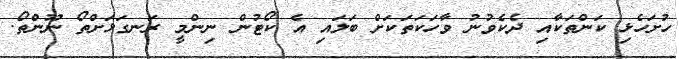
ހުށަހެޅި ކަންތަކާއި ދެކެވުނު ވާހަކަތަކަށް ބަލައި އެ ކޯޓުން ނިންމީ ރަނގަޅަށްތޯ ނޫންތޯ.